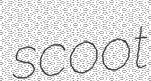
scoot